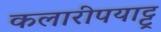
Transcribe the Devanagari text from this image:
कलारीपयाट्टू